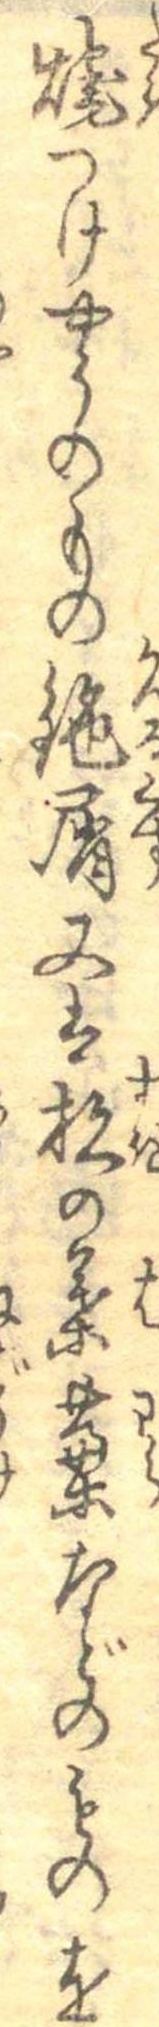
焼つけやうのもの鉋屑又は杉の葉藁などのものを